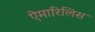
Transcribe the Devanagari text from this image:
ऐमारिलिस